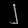
Digit: ၂